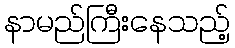
နာမည်ကြီးနေသည့်